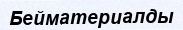
Бейматериалды